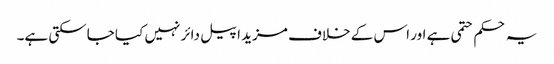
یہ حکم حتمی ہے اور اس کے خلاف مزید اپیل دائر نہیں کیا جاسکتی ہے۔